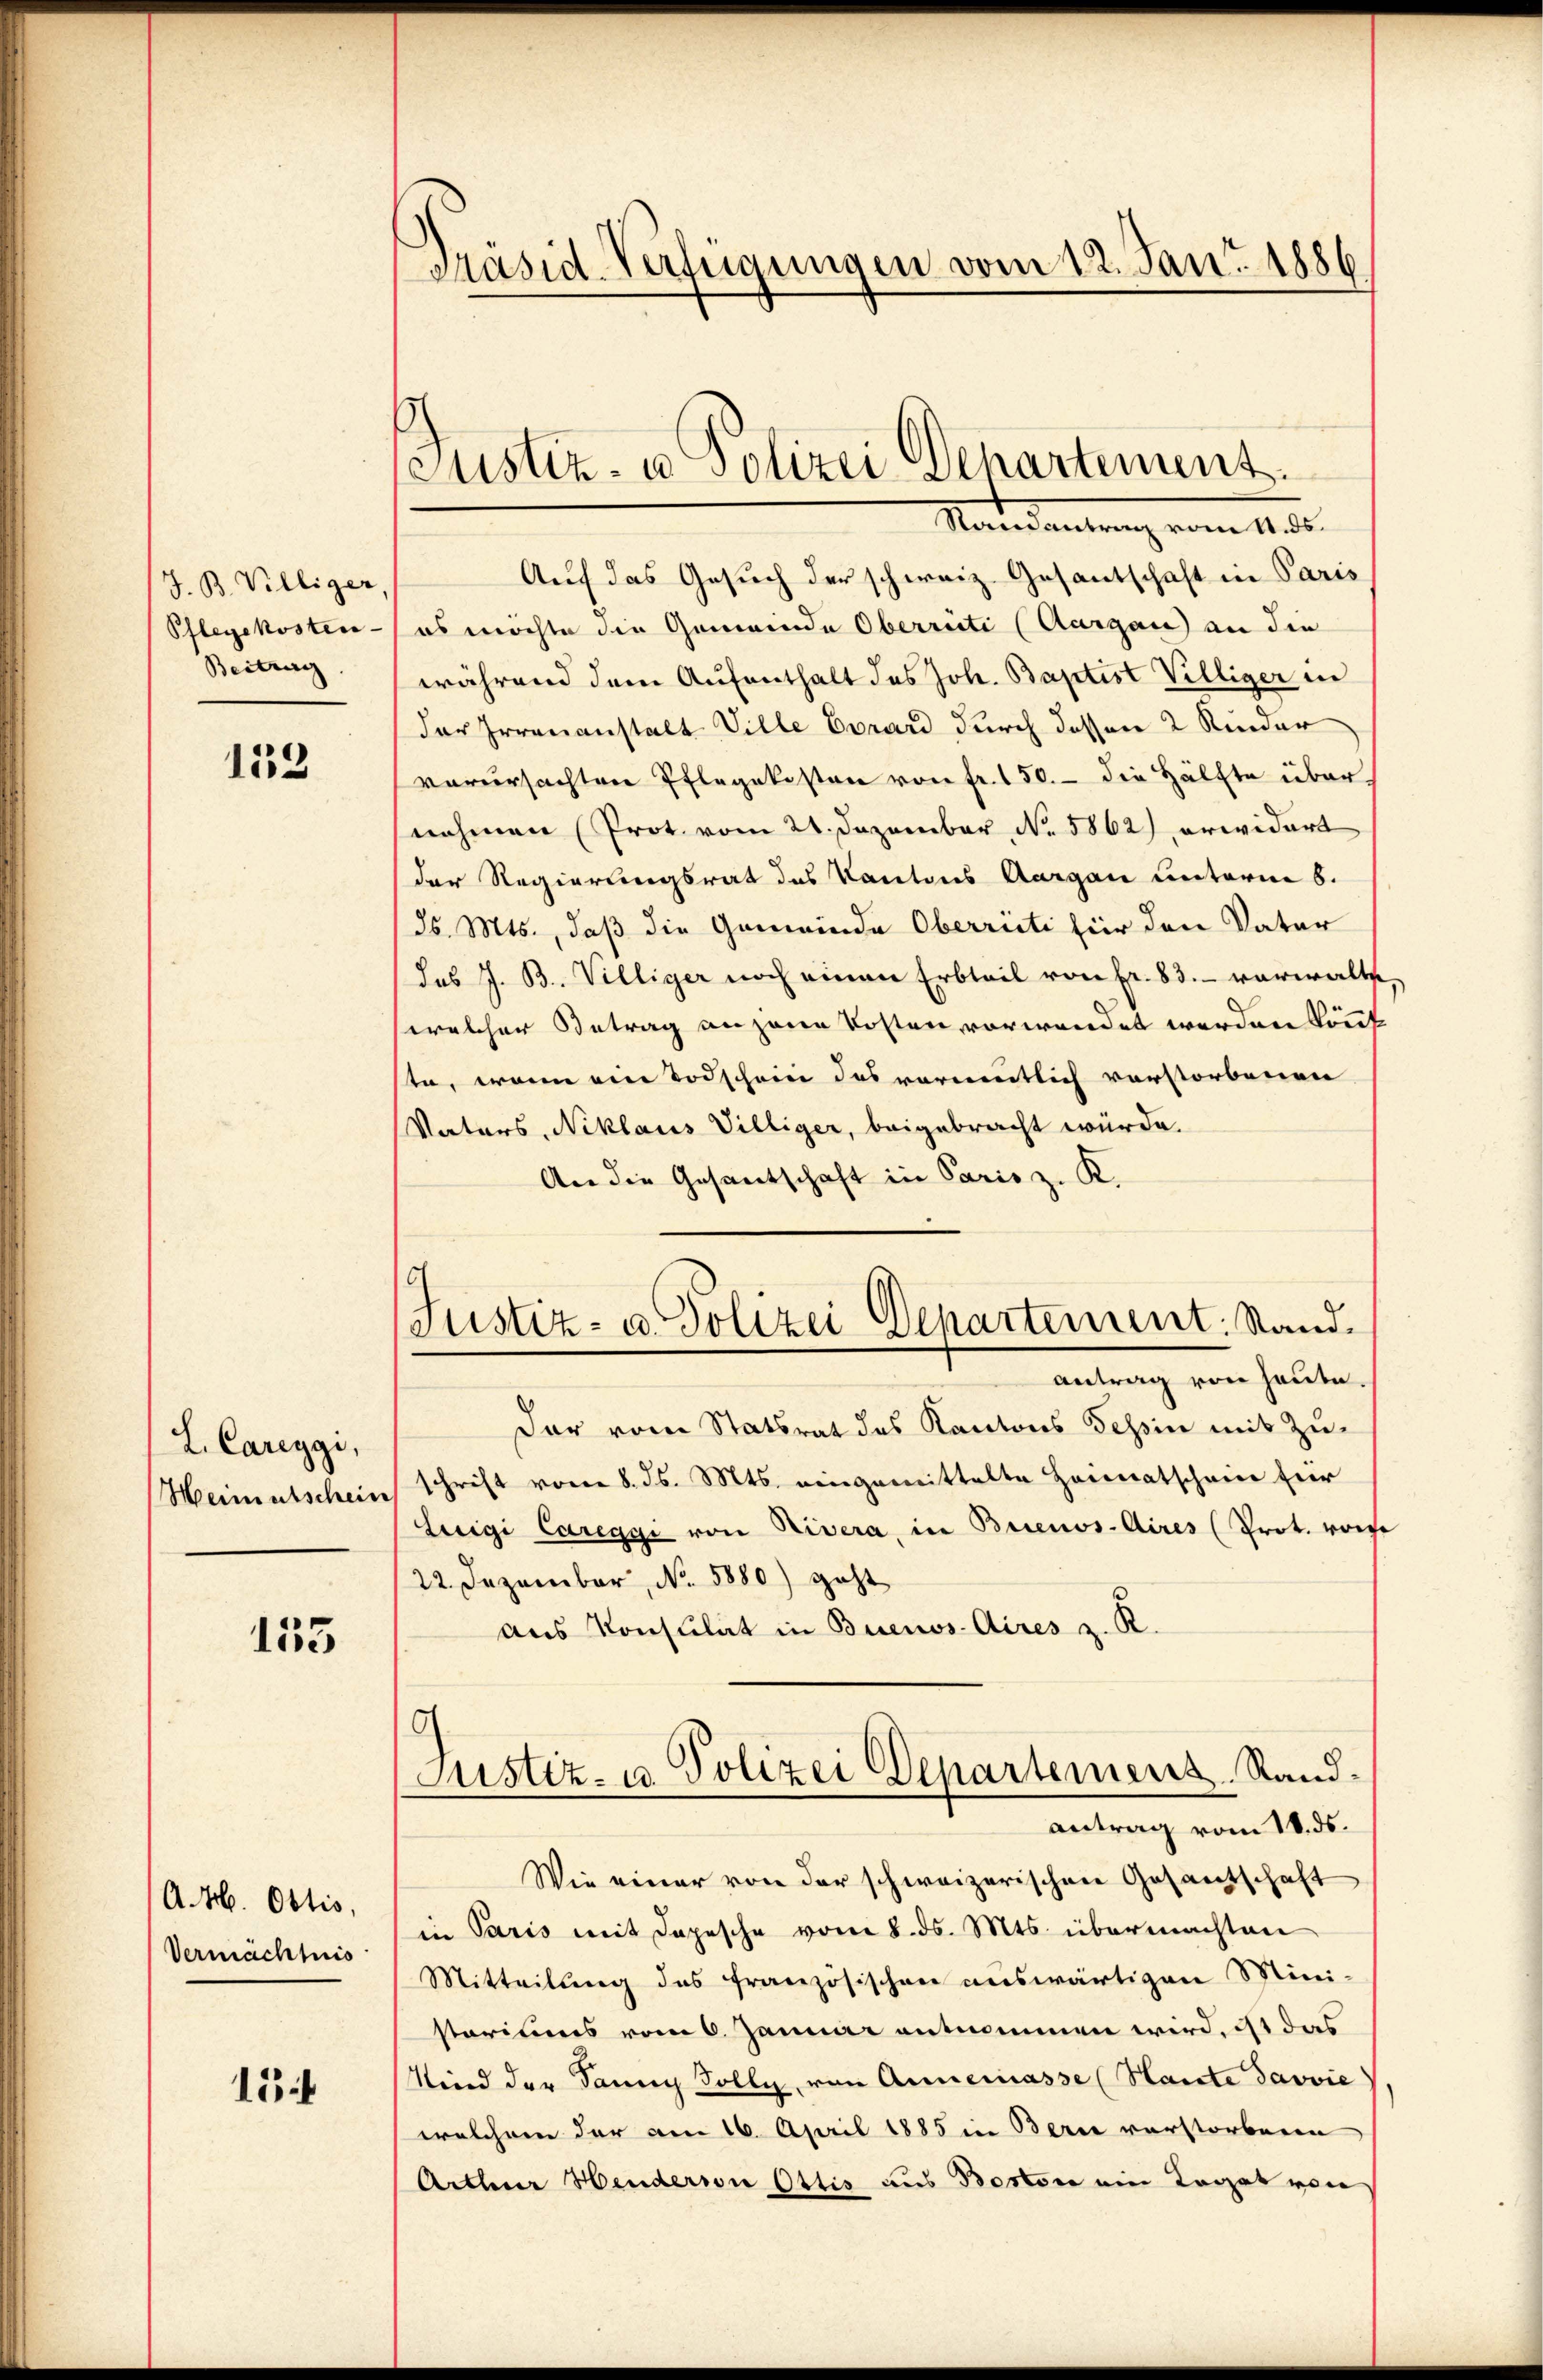
J. B. Villiger,
Pflegekosten
Beitrag

133

L. Careggi,
Meimentschein

135

A.M. Ottis,
Vermächtnis

15

Präsid-Verfügungen vom 12. Jan. 1886

Justiz- u Polizei Departement.
Mandartung vom 1. e

Auf das Gesuch der schweiz. Gesantschaft in Paris
es möchte die Gemeinde Oberrüti (Aargau) an die
während dem Aufenthalt des Joh. Baptist Villiger in
der Irrenanstalt Ville Evrard durch dessen 2 Kinder
verursachten Pflegekosten von fr. 150. - die Hälfte übernehmen (Prot. vom 21. Dezember No. 5862), erwidert
der Regierungsrat des Kantons Aargau unterm 6.
ds. Mts., daß die Gemeinde Oberrüti für den Vater
das J. B. Villiger noch einen Erbteil von Fr. 83. verwalts
welcher Betrag anzene Kosten vorwendet werden könnt
te, wenn ein Todschein das wärmentlich vorstorbenen
Vaters, Niklaus Villiger, beigebracht würde.
An die Gesantschaft in Paris z. K.
Der vom Statsrat des Kantons Tessin mit Zuschrift vom 8. ds. Mts. eingemittelte Heimatschein für
Luigi Careggi von Rivera, in Buenos-Aires (Prot. von
22. Dezember, No. 5880) geht
aus Konsulat in Buenos Aires z. R.
6
Justiz- u. Polizei Departemens Randantrag vom 18. ds.
Wie einer von der schweizerischen Gesantschaft
in Paris mit Depesche vom 8. ds. Mts. übermachten
Mitteilung des französischen auswärtigen Mini-
starius vom 6. Januar entnommen wird, ist das
Kind der Sany Solly, von Annemasse (Haute Javvie
welchem der am 16. April 1885 in Berne verstorbene
Arthur Hendern Ottis aus Boston ein Legat von

.
Justiz- u. Polizei Departement. Stand
antrag von heute.